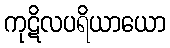
ကုဋိလပရိယာယော